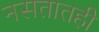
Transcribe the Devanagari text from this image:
नसतातही